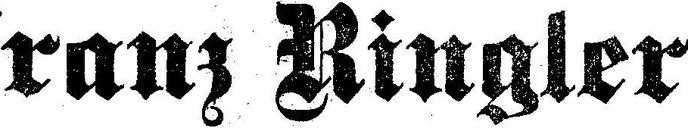
Franz Ringler